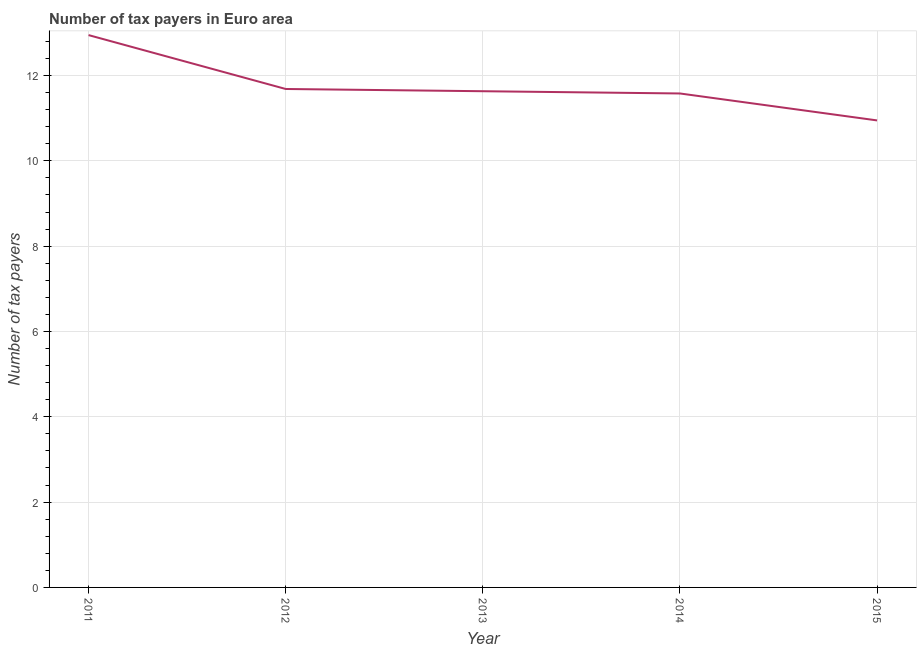
| Year | Tax payments |
 | --- | --- |
 | 2011 | 12.9 |
 | 2012 | 11.7 |
 | 2013 | 11.6 |
 | 2014 | 11.6 |
 | 2015 | 10.9 |